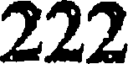
222